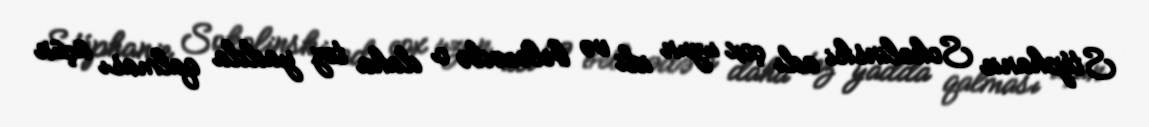
Stéphanie Sokolinski adı çox uzun idi və beləcədə o daha tez yadda qalması üçün